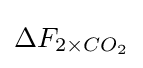
\Delta F_{2\times CO_{2}}